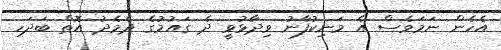
އެހެން ނަމަވެސް އެ މަނިކުފާނު ވިދާޅުވީ ދެ ގައުމުގެ ދެމެދު އޮތް ބަދަހި